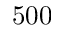
5 0 0